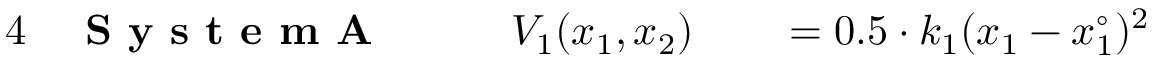
\begin{array} { r l r l r l } { { 4 } } & { { } \textbf { S y s t e m A } \: \: \: \: } & { } & { { } V _ { 1 } ( x _ { 1 } , x _ { 2 } ) } & { } & { { } = 0 . 5 \cdot k _ { 1 } ( x _ { 1 } - x _ { 1 } ^ { \circ } ) ^ { 2 } } \end{array}